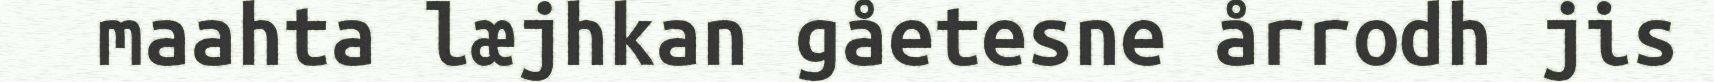
maahta læjhkan gåetesne årrodh jis